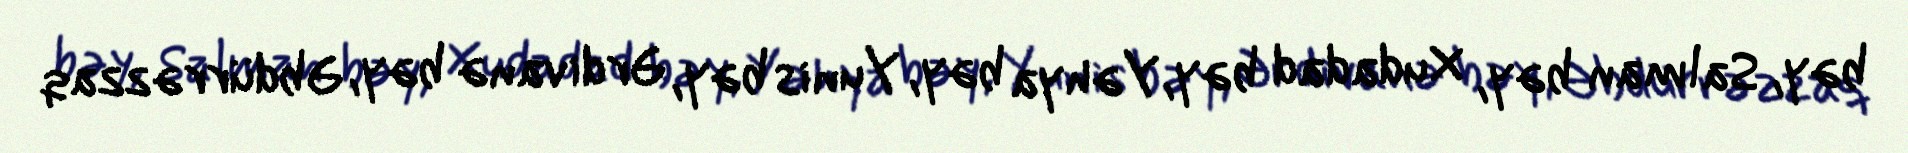
bəy, Salman bəy, Xudadad bəy, Yəhya bəy, Yunis bəy, Ərdivanə bəy, Əbdürrəzzaq